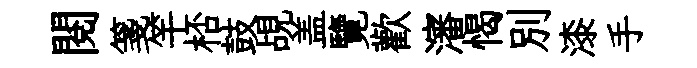
閲箋竿桮鼓覘盖覽歡瀋愒別漆手